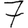
Digit: 7